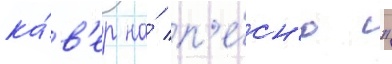
ка́в'ер на́ п'е́сн'ю "